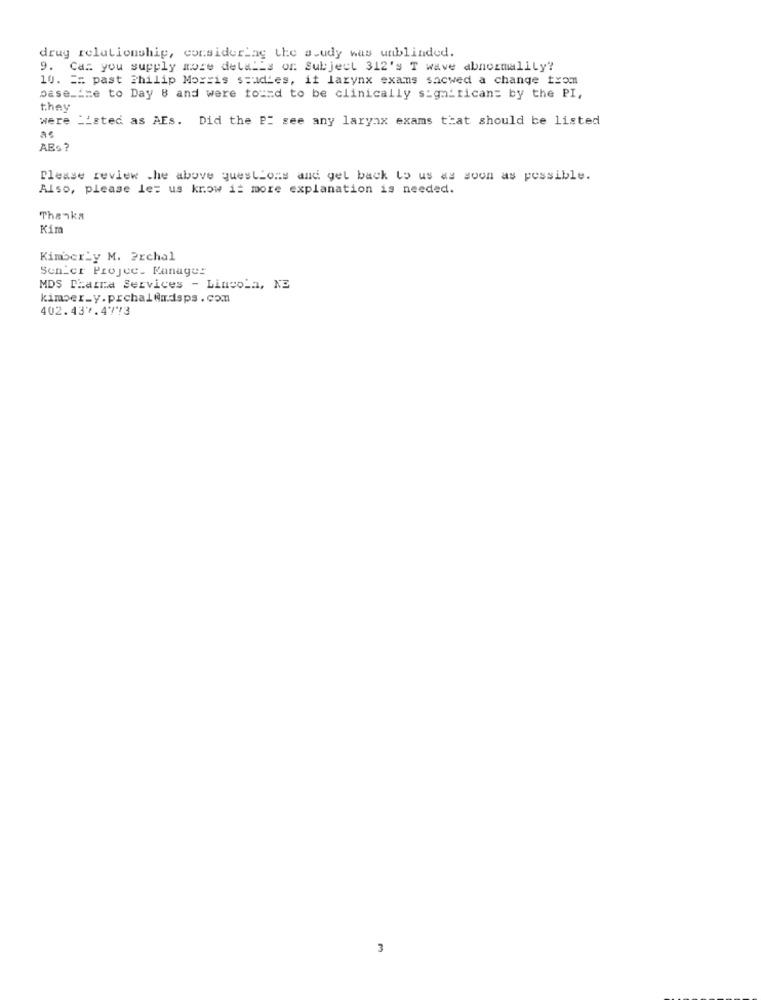
drug relationship, considering the s.udy was unblinded.
9. Can you supply more detalis or Subject 312's T wave abnormalily?
10. == past Philip Morris studies, it larynx exams sacwed a change tromm
base_ine to Day 8 and were found to be clinically significan= by the PI,
they
were "'sted as AEs. Did the P: see any larynx exams that should be listed
AS
ABS?
Please review .he above questions and get back to us as soon as possible.
Also, please let us know it more explanation is needed.
Thanka
Kim
Kimber_y M. Prchal
Senter Projee. Kanages
MDS Thatra Services - Lincoln, NE
kimber_y.prchalfmdsps. com
402.439.4773
3